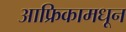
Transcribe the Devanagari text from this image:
आफ्रिकामधून